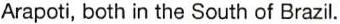
Arapoti, both in the South of Brazil.